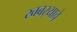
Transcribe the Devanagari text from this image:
खबर्‍याचे